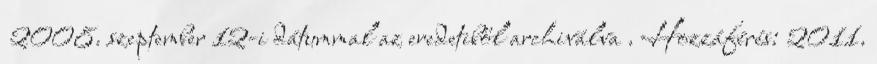
2008. szeptember 12-i dátummal az eredetiből archiválva . Hozzáférés: 2011.